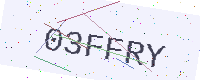
Text: 03FFRY